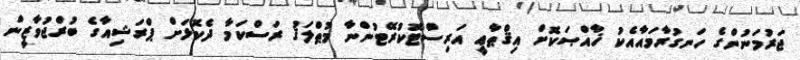
ޖަރުމަނުންގެ ހަނގުރާމައާއެކު ޚާއްޞަކޮށް އިޤްޠާޢީ އަރިސްޓޮކުރޭޓުންނާ މުޠްލަޤު ރަސްކަމާ ދެކޮޅަށް ޕްރަޝިއާގެ ބުރްޖުވާޒީން